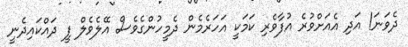
ދެވަނަ! އަދި އެއަށްވުރެ އުފާވެރި ކަމަކީ އަހަރެމެން ދެމީހުންގެވެސް އޭލެވެލް ފީ ދައްކައިދެނީ